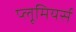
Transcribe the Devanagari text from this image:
प्लूमियर्स